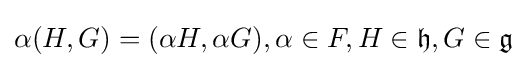
\alpha (H,G)=(\alpha H,\alpha G),\alpha \in F,H\in {\mathfrak {h}},G\in {\mathfrak {g}}